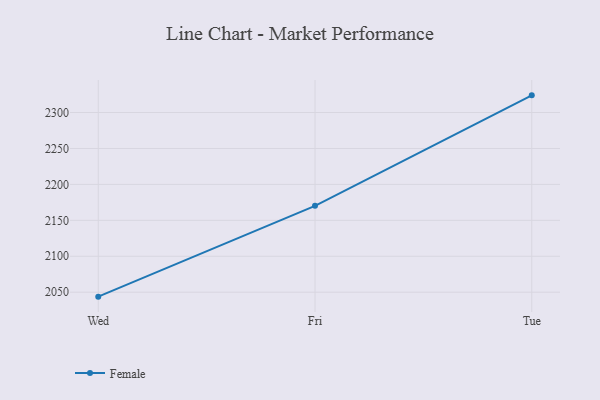
{"axis": {"x": "Day", "y": "Operating Costs (USD K)"}, "legend": ["Female"], "data": [{"x": "Wed", "y": 2043.8, "type": "Female"}, {"x": "Fri", "y": 2170.2, "type": "Female"}, {"x": "Tue", "y": 2323.9, "type": "Female"}]}